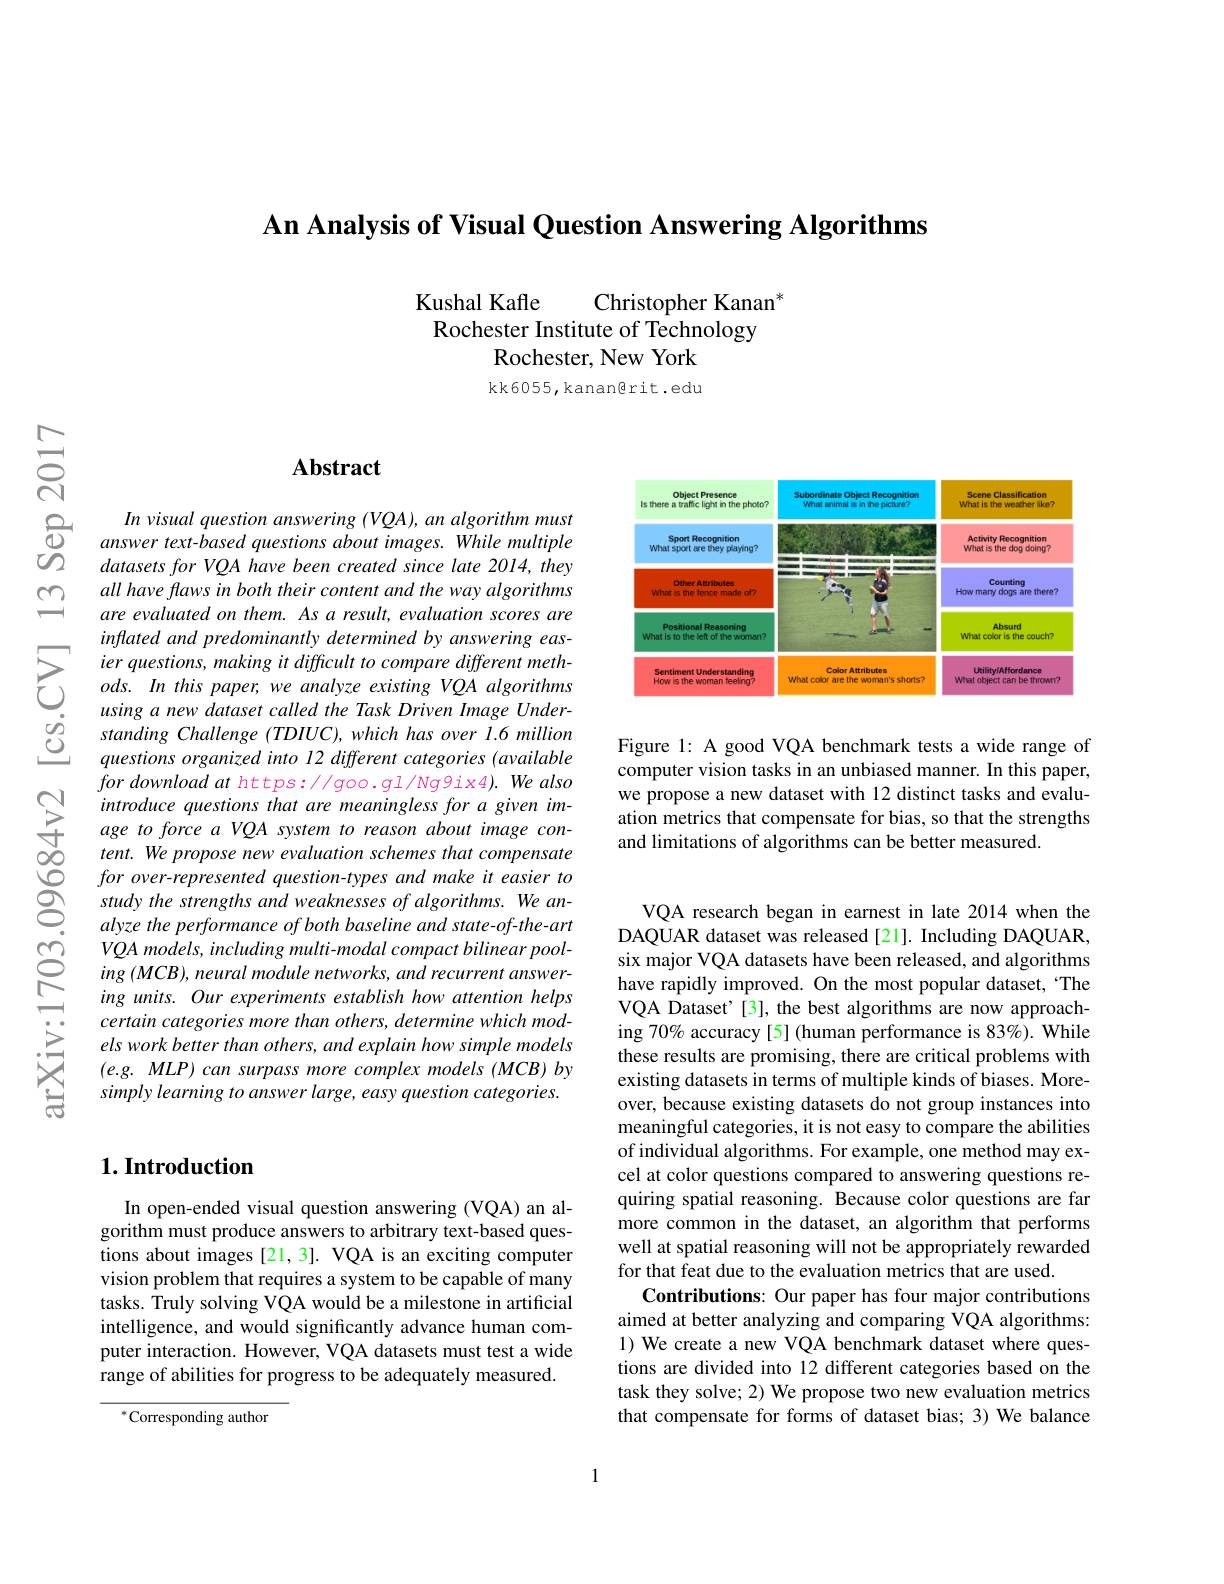
An Analysis of Visual Question Answering Algorithms

Kushal Kafle
Christopher Kanan$^{*}$
Rochester Institute of Technology
Rochester, New York kk6055, kanangrit.edu

$ਨਨੇ$

## $\mathbf{Abstract}$

$\begin{array}{ccc}{}In\:visual\:question\:answering\:(VQA),\:an\:algorithm\:must\\\hline\Delta_{2}&answer\:text-based\:questions\:about\:images.\:While\:multiple\\\Delta_{2}&datasets\:for\:VOA\:have\:been\:created\:since\:late\:2014\:theve\end{array} $
datasetsforVQA have been created since late 2014, they all have flaws in both their content and the way algorithms are evaluated on them. As a result, evaluation scores are inflated and predominantly determined by answering easier questions, making it difficult to compare different meth- $ods.Inthispaper,weanalyzeexistingVQAalgorithms$ using a new dataset called the Task Driven Image Understanding Challenge (TDIUC), which has over 1.6 million questions organized into 12 different categories (available $for\textit{download at https: }/ / goo. g1/ Ng9ix4) . We\textit{also}$ introduce questions that are meaningless for a given image to force a VQA system to reason about image content. We propose new evaluation schemes that compensate for over-represented question-types and make it easier to study the strengths and weaknesses of algorithms. We analyze the performance of both baseline and state-of-the-art VQA models, including multi-modal compact bilinear pooling (MCB), neural module networks, and recurrent answering units. Our experiments establish how attention helps certain categories more than others, determine which models work better than others, and explain how simple models $( e. g. MLP) \textit{ can surpass more complex models ( MCB) by}$ simply learning to answer large, easy question categories.

## $1. \textbf{Introduction}$

In open-ended visual question answering (VQA) an algorithm must produce answers to arbitrary text-based questions about images [21,3]. VQA is an exciting computer vision problem that requires a system to be capable of many tasks. Truly solving VQA would be a milestone in artificial intelligence, and would significantly advance human computer interaction. However, VQA datasets must test a wide range of abilities for progress to be adequately measured.

$^{*}$Corresponding author

<FigureHere>

Figure 1: A good VQA benchmark tests a wide range of computer vision tasks in an unbiased manner. In this paper, we propose a new dataset with 12 distinct tasks and evaluation metrics that compensate for bias, so that the strengths and limitations of algorithms can be better measured

VQA research began in earnest in late 2014 when the DAQUAR dataset was released [21]. Including DAQUAR, six major VQA datasets have been released, and algorithms have rapidly improved. On the most popular dataset, ‘The VQA Dataset'[3], the best algorithms are now approaching 70% accuracy[5] (human performance is 83%). While these results are promising, there are critical problems with existing datasets in terms of multiple kinds of biases. Moreover, because existing datasets do not group instances into meaningful categories, it is not easy to compare the abilities of individual algorithms. For example, one method may excel at color questions compared to answering questions requiring spatial reasoning. Because color questions are far more common in the dataset, an algorithm that performs well at spatial reasoning will not be appropriately rewarded for that feat due to the evaluation metrics that are used.
Contributions: Our paper has four major contributions aimed at better analyzing and comparing VQA algorithms: 1) We create a new VQA benchmark dataset where questions are divided into 12 different categories based on the task they solve; 2) We propose two new evaluation metrics that compensate for forms of dataset bias; 3) We balance

1